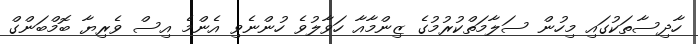
ހާދިސާތަކުގައި މިހުން ސަލާމަތްކުރުމުގެ ޒިންމާއާ ހަވާލުވެ ހުންނެވި އެންމެ އިސް ވެރިޔާ ބޮމްބަންގް